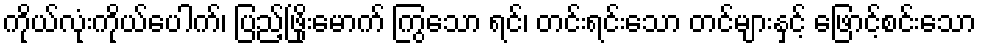
ကိုယ်လုံးကိုယ်ပေါက်၊ ပြည့်ဖြိုးမောက် ကြွသော ရင်၊ တင်းရင်းသော တင်များနှင့် ဖြောင့်စင်းသော